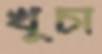
খুচা